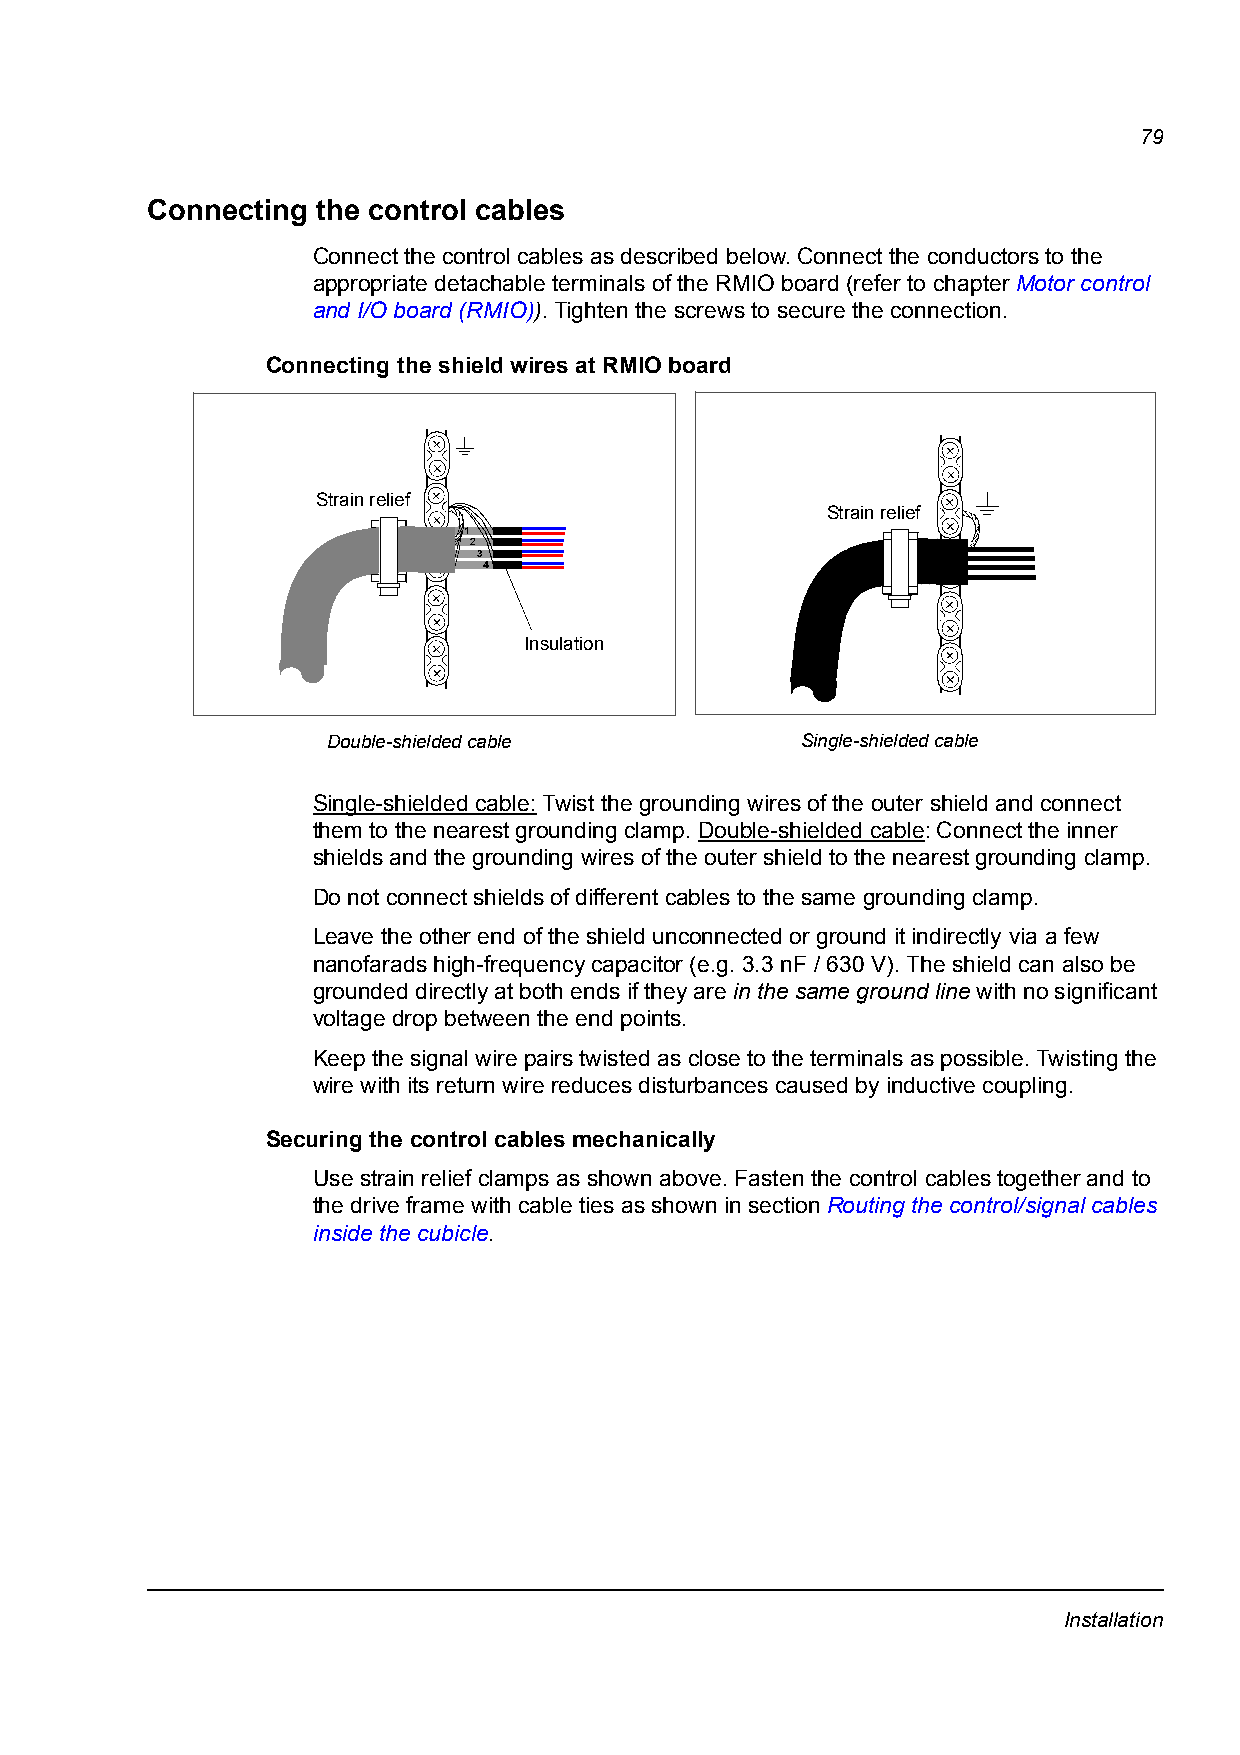
79
 Connecting the control cables
 Connect the control cables as described below. Connect the conductors to the
 appropriate detachable terminals of the RMIO board (refer to chapter Motor control
 and I/O board (RMIO)). Tighten the screws to secure the connection.
 Connecting the shield wires at RMIO board
 Strain relief
 Strain relief
 1
 2
 3
 4
 Insulation
 Double-shielded cable          Single-shielded cable
 Single-shielded cable: Twist the grounding wires of the outer shield and connect
 them to the nearest grounding clamp. Double-shielded cable: Connect the inner
 shields and the grounding wires of the outer shield to the nearest grounding clamp.
 Do not connect shields of different cables to the same grounding clamp.
 Leave the other end of the shield unconnected or ground it indirectly via a few
 nanofarads high-frequency capacitor (e.g. 3.3 nF / 630 V). The shield can also be
 grounded directly at both ends if they are in the same ground line with no significant
 voltage drop between the end points.
 Keep the signal wire pairs twisted as close to the terminals as possible. Twisting the
 wire with its return wire reduces disturbances caused by inductive coupling.
 Securing the control cables mechanically
 Use strain relief clamps as shown above. Fasten the control cables together and to
 the drive frame with cable ties as shown in section Routing the control/signal cables
 inside the cubicle.
 Installation